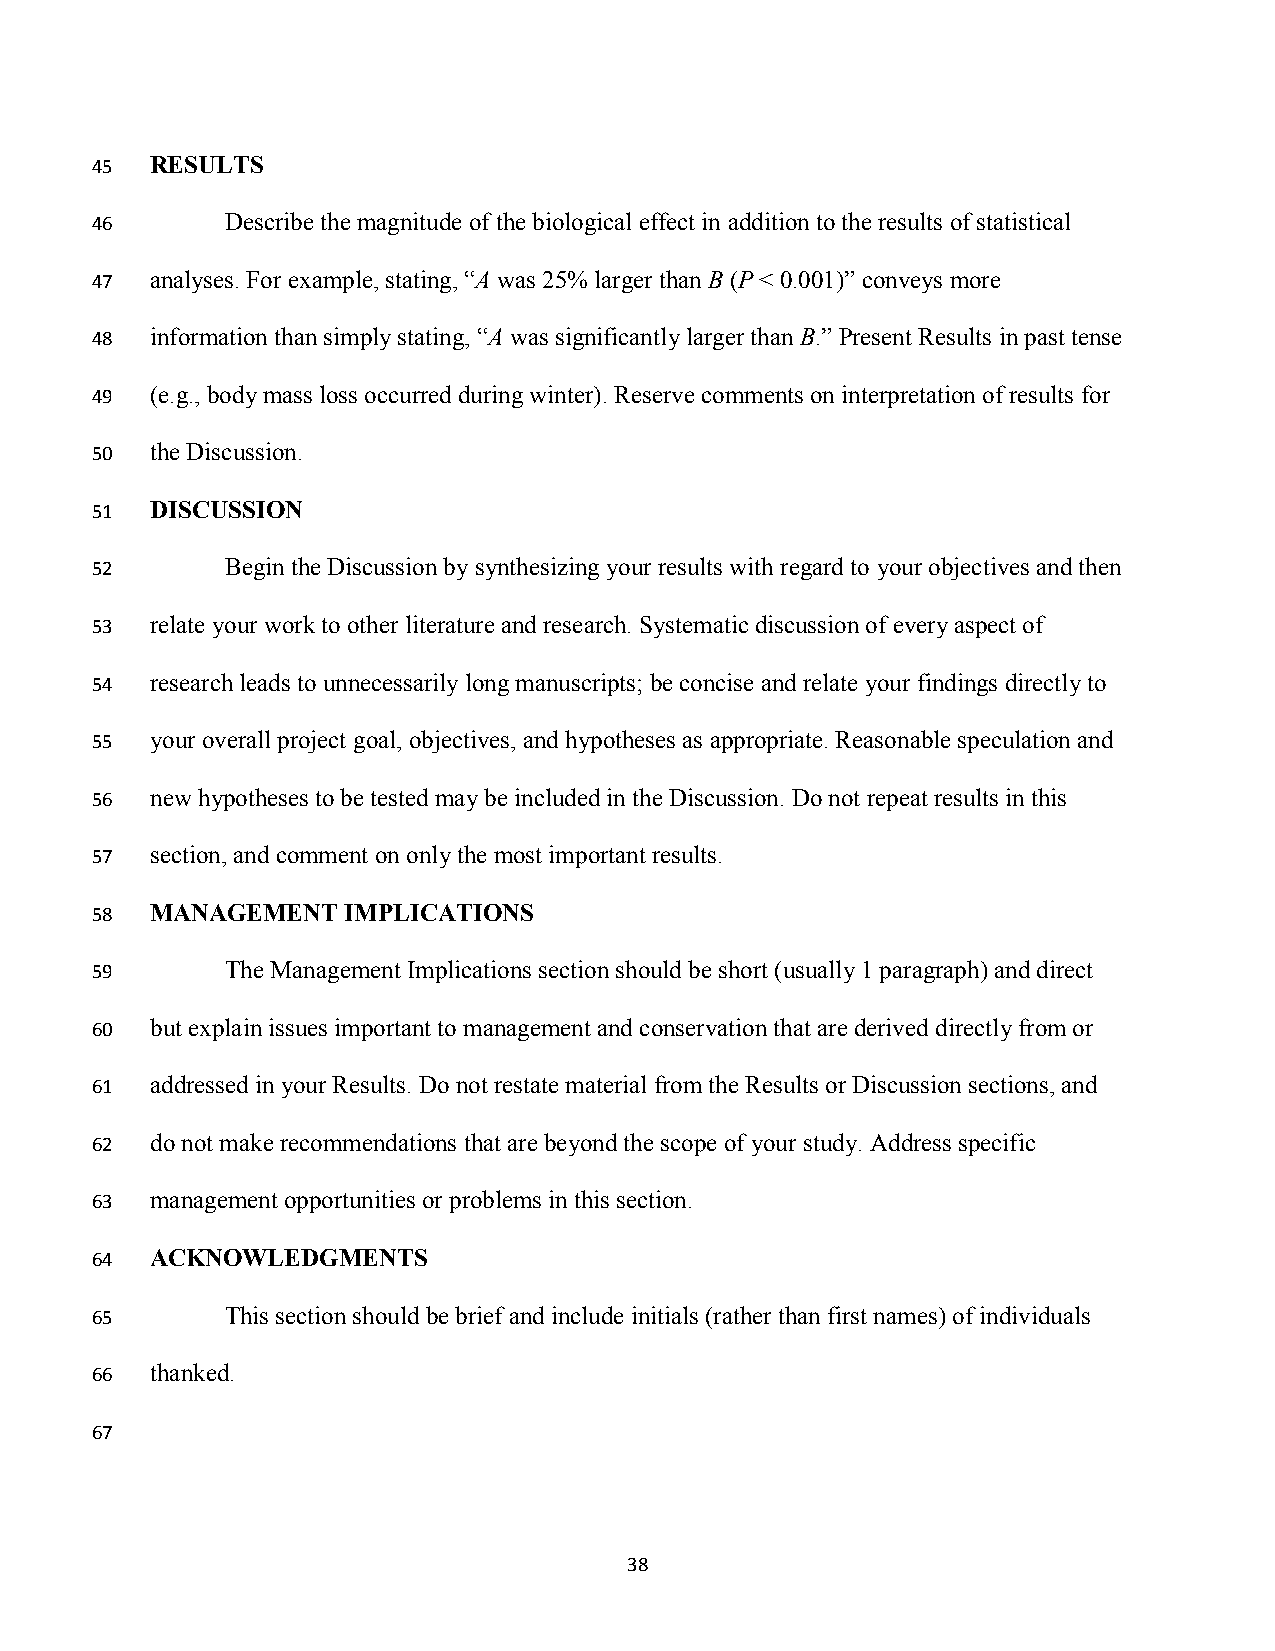
45  RESULTS
 46       Describe the magnitude of the biological effect in addition to the results of statistical
 47  analyses. For example, stating, “A was 25% larger than B (P < 0.001)” conveys more
 48  information than simply stating, “A was significantly larger than B.” Present Results in past tense
 49  (e.g., body mass loss occurred during winter). Reserve comments on interpretation of results for
 50  the Discussion.
 51  DISCUSSION
 52       Begin the Discussion by synthesizing your results with regard to your objectives and then
 53  relate your work to other literature and research. Systematic discussion of every aspect of
 54  research leads to unnecessarily long manuscripts; be concise and relate your findings directly to
 55  your overall project goal, objectives, and hypotheses as appropriate. Reasonable speculation and
 56  new hypotheses to be tested may be included in the Discussion. Do not repeat results in this
 57  section, and comment on only the most important results.
 58  MANAGEMENT   IMPLICATIONS
 59       The Management Implications section should be short (usually 1 paragraph) and direct
 60  but explain issues important to management and conservation that are derived directly from or
 61  addressed in your Results. Do not restate material from the Results or Discussion sections, and
 62  do not make recommendations that are beyond the scope of your study. Address specific
 63  management opportunities or problems in this section.
 64  ACKNOWLEDGMENTS
 65       This section should be brief and include initials (rather than first names) of individuals
 66  thanked.
 67
 38